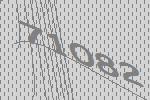
71082